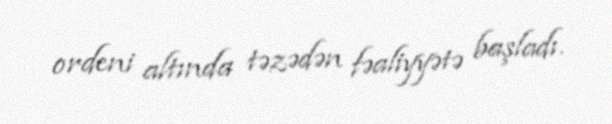
ordeni altında təzədən fəaliyyətə başladı.